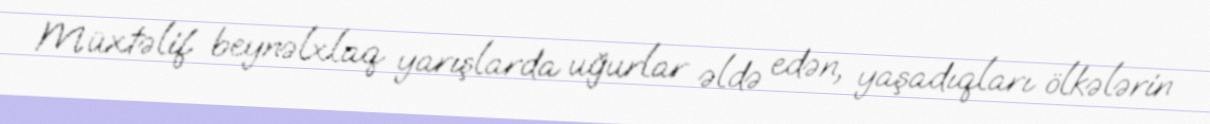
Müxtəlif beynəlxlaq yarışlarda uğurlar əldə edən, yaşadıqları ölkələrin